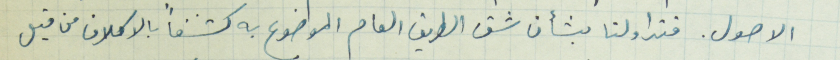
الاصول. فتداولنا بشأن شق الطريق العام الموضوع به كشفاً بالاكلاف من قبل